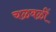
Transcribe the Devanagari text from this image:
चळवळीं